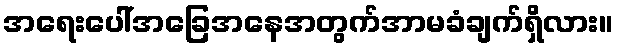
အရေးပေါ်အခြေအနေအတွက်အာမခံချက်ရှိလား။